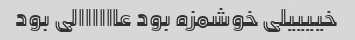
خییییلی خوشمزه بود عاااااالی بود